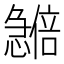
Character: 𪬽